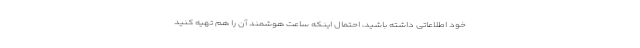
خود اطلاعاتی داشته باشید، احتمال اینکه ساعت هوشمند آن را هم تهیه کنید